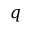
q